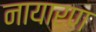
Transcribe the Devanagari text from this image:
नायारण